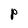
Character: p